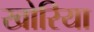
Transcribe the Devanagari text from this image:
खोरिया